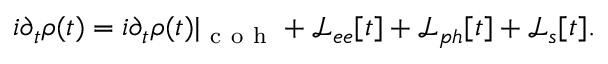
i \partial _ { t } \rho ( t ) = i \partial _ { t } \rho ( t ) | _ { \mathrm { ~ c ~ o ~ h ~ } } + \mathcal { L } _ { e e } [ t ] + \mathcal { L } _ { p h } [ t ] + \mathcal { L } _ { s } [ t ] .